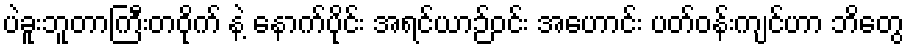
ပဲခူးဘူတာကြီးတဝိုက် နဲ့ နောက်ပိုင်း အရင်ယာဉ်ဝင်း အဟောင်း ပတ်ဝန်းကျင်ဟာ ဘိတွေ